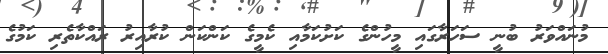
މުނައްވަރު ބުނީ ސަހަރާގައި މީހުންގެ ކަށުކަމާއި ކެމީގެ ކަންކަން ކުރާއިރު ރައްކާތެރި ކަމުގެ